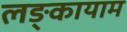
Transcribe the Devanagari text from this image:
लङ्कायाम